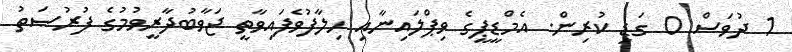
1 ދުވަސް 0 ގަޑި ކުރިން. އެމްޑީޕީގެ ވިޕްލައިނާއި ހިލާފުވެފައިވާތީ ޖަވާބުދާރީވުމުގެ ފުރުޞަތު